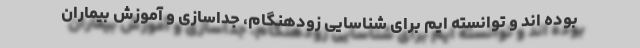
بوده اند و توانسته ایم برای شناسایی زودهنگام، جداسازی و آموزش بیماران